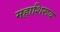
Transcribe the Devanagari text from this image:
महाशिरूय